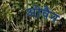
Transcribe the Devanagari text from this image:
ओवैन